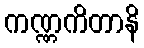
ကဏ္ဏကိတာနိ